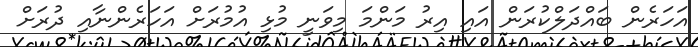
އަހަރެން ބައްދަލްކުރަން އައި އިރު މަންމަ މިވަނީ މުޅި އުމުރަށް އަހަރެންނާއި ދުރަށް